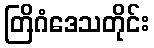
တြိဂံဒေသတိုင်း